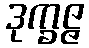
ဒုက္ခဇ္ဇ